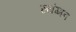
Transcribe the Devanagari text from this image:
स्यंग्मन